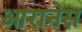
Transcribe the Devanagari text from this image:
आरानेस